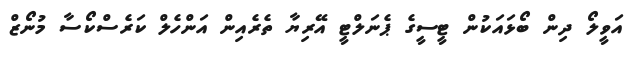
އަވީލޯ ދިން ބޯޅައަކުން ޓީސީގެ ޕެނަލްޓީ އޭރިޔާ ތެރެއިން އަންހެލް ކަރެސްކޯސާ މުނޯޒް